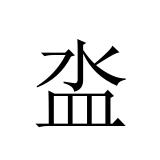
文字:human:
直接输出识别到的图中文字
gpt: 泴